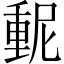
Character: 𫒃